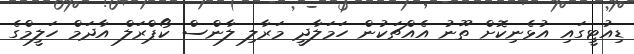
ޑިއުޓީގައި އުޅެނިކޮށް ތޫނު އެއްޗަކުން ހަމަލާދީ މަރާލި ލާންސް ކޯޕްރަލް އާދަމް ހަލީމްގެ